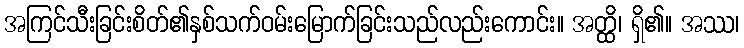
အကြင်သီးခြင်းစိတ်၏နှစ်သက်ဝမ်းမြောက်ခြင်းသည်လည်းကောင်း။ အတ္ထိ၊ ရှိ၏။ အဿ၊